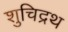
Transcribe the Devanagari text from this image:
शुचिद्रथ